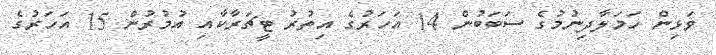
ވަޅިން ހަމަލާދިނުމުގެ ސަބަބުން 14 އަހަރުގެ އިތުރު ޓީޗަރާކާއި އުމުރުން 15 އަހަރުގެ